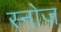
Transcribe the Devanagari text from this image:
स्नोज़